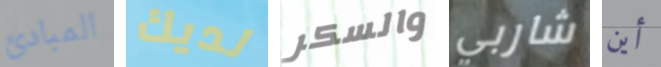
المبادئ لديك والسكر شاربي أين